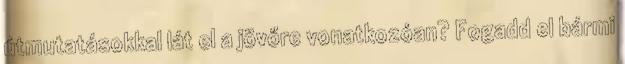
útmutatásokkal lát el a jövőre vonatkozóan? Fogadd el bármi